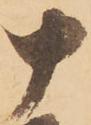
十